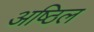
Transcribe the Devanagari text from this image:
अष्ठिल